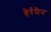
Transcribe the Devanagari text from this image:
हेर्रमैन